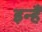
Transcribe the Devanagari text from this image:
इन्हैँ